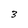
Character: 3